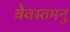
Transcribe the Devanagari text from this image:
वैवस्तमनु